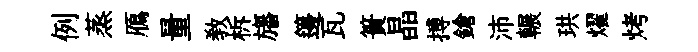
例蒸鴈量敎柝旛籩瓦簣晶搏鎗沛輾珙燿烤